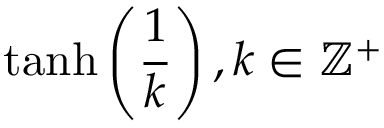
\operatorname { t a n h } \left( { \frac { 1 } { k } } \right) , k \in \mathbb { Z } ^ { + }